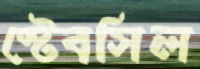
স্টেবসিল